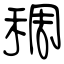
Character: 稠